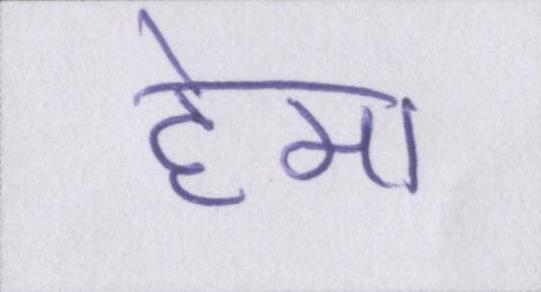
हेमा